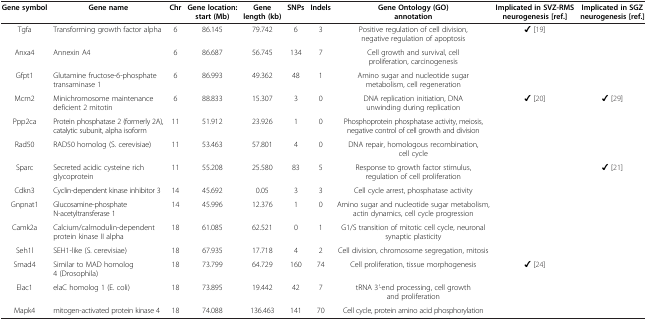
<table><thead><tr><td><b>Gene symbol</b></td><td><b>Gene name</b></td><td><b>Chr</b></td><td><b>Gene location: start (Mb)</b></td><td><b>Gene length (kb)</b></td><td><b>SNPs</b></td><td><b>Indels</b></td><td><b>Gene Ontology (GO) annotation</b></td><td><b>Implicated in SVZ-RMS neurogenesis [ref.]</b></td><td><b>Implicated in SGZ neurogenesis [ref.]</b></td></tr></thead><tbody><tr><td>Tgfa</td><td>Transforming growth factor alpha</td><td>6</td><td>86.145</td><td>79.742</td><td>6</td><td>3</td><td>Positive regulation of cell division, negative regulation of apoptosis</td><td>✔ [19]</td><td> </td></tr><tr><td>Anxa4</td><td>Annexin A4</td><td>6</td><td>86.687</td><td>56.745</td><td>134</td><td>7</td><td>Cell growth and survival, cell proliferation, carcinogenesis</td><td> </td><td> </td></tr><tr><td>Gfpt1</td><td>Glutamine fructose-6-phosphate transaminase 1</td><td>6</td><td>86.993</td><td>49.362</td><td>48</td><td>1</td><td>Amino sugar and nucleotide sugar metabolism, cell regeneration</td><td> </td><td> </td></tr><tr><td>Mcm2</td><td>Minichromosome maintenance deficient 2 mitotin</td><td>6</td><td>88.833</td><td>15.307</td><td>3</td><td>0</td><td>DNA replication initiation, DNA unwinding during replication</td><td>✔ [20]</td><td>✔ [29]</td></tr><tr><td>Ppp2ca</td><td>Protein phosphatase 2 (formerly 2A), catalytic subunit, alpha isoform</td><td>11</td><td>51.912</td><td>23.926</td><td>1</td><td>0</td><td>Phosphoprotein phosphatase activity, meiosis, negative control of cell growth and division</td><td> </td><td> </td></tr><tr><td>Rad50</td><td>RAD50 homolog (S. cerevisiae)</td><td>11</td><td>53.463</td><td>57.801</td><td>4</td><td>0</td><td>DNA repair, homologous recombination, cell cycle</td><td> </td><td> </td></tr><tr><td>Sparc</td><td>Secreted acidic cysteine rich glycoprotein</td><td>11</td><td>55.208</td><td>25.580</td><td>83</td><td>5</td><td>Response to growth factor stimulus, regulation of cell proliferation</td><td> </td><td>✔ [21]</td></tr><tr><td>Cdkn3</td><td>Cyclin-dependent kinase inhibitor 3</td><td>14</td><td>45.692</td><td>0.05</td><td>3</td><td>3</td><td>Cell cycle arrest, phosphatase activity</td><td> </td><td> </td></tr><tr><td>Gnpnat1</td><td>Glucosamine-phosphate N-acetyltransferase 1</td><td>14</td><td>45.996</td><td>12.376</td><td>1</td><td>0</td><td>Amino sugar and nucleotide sugar metabolism, actin dynamics, cell cycle progression</td><td> </td><td> </td></tr><tr><td>Camk2a</td><td>Calcium/calmodulin-dependent protein kinase II alpha</td><td>18</td><td>61.085</td><td>62.521</td><td>0</td><td>1</td><td>G1/S transition of mitotic cell cycle, neuronal synaptic plasticity</td><td> </td><td> </td></tr><tr><td>Seh1l</td><td>SEH1-like (S. cerevisiae)</td><td>18</td><td>67.935</td><td>17.718</td><td>4</td><td>2</td><td>Cell division, chromosome segregation, mitosis</td><td> </td><td> </td></tr><tr><td>Smad4</td><td>Similar to MAD homolog 4 (Drosophila)</td><td>18</td><td>73.799</td><td>64.729</td><td>160</td><td>74</td><td>Cell proliferation, tissue morphogenesis</td><td>✔ [24]</td><td> </td></tr><tr><td>Elac1</td><td>elaC homolog 1 (E. coli)</td><td>18</td><td>73.895</td><td>19.442</td><td>42</td><td>7</td><td>tRNA 3<i>&#x27;</i>-end processing, cell growth and proliferation</td><td> </td><td> </td></tr><tr><td>Mapk4</td><td>mitogen-activated protein kinase 4</td><td>18</td><td>74.088</td><td>136.463</td><td>141</td><td>70</td><td>Cell cycle, protein amino acid phosphorylation</td><td> </td><td> </td></tr></tbody></table>